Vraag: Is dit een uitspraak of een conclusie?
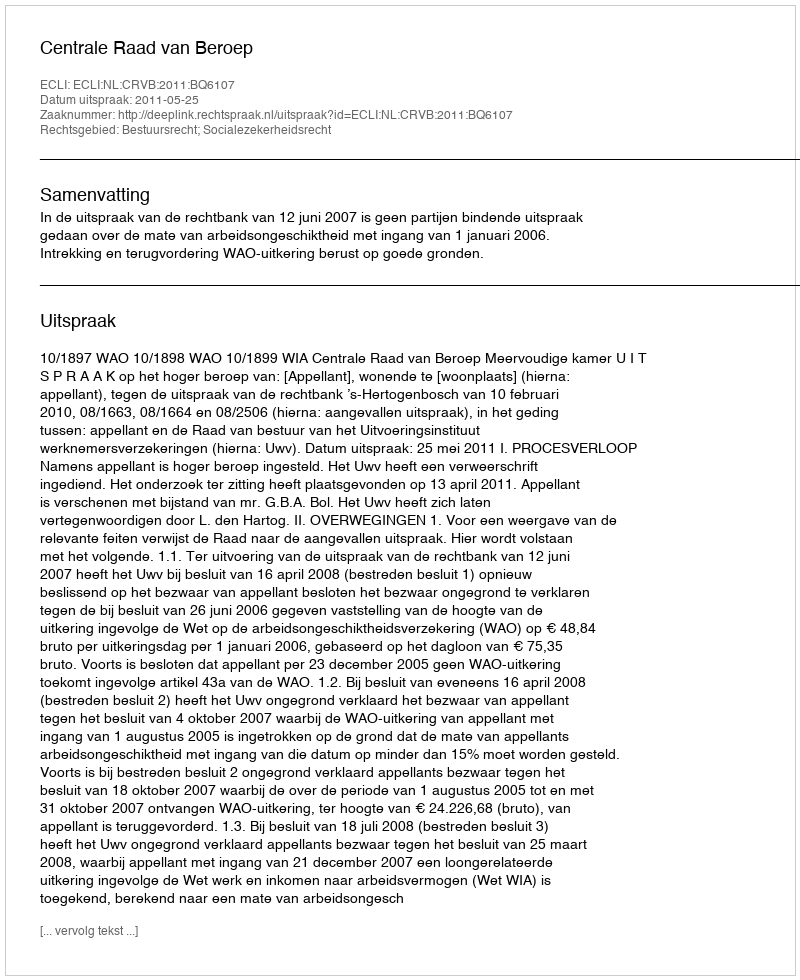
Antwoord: Uitspraak